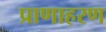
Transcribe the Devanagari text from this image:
प्राणाहरण